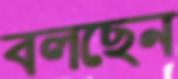
বলছেন